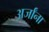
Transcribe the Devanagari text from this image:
अर्जांना